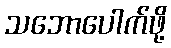
သဘောပေါက်ဖို့